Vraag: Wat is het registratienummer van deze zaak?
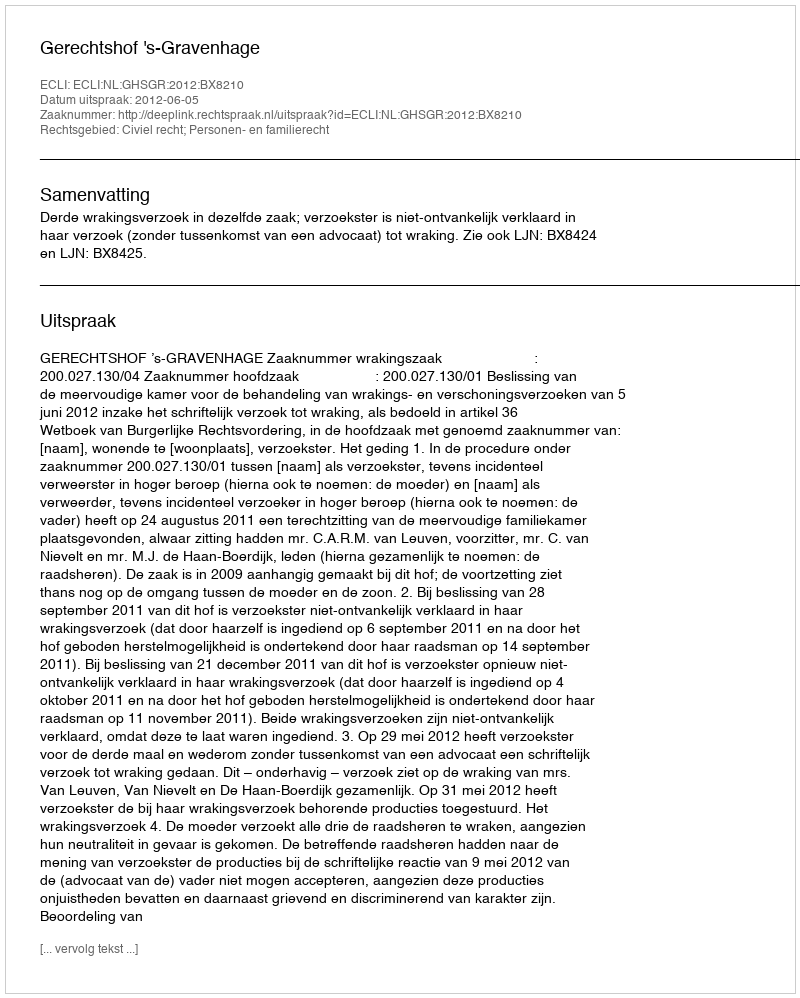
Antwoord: http://deeplink.rechtspraak.nl/uitspraak?id=ECLI:NL:GHSGR:2012:BX8210